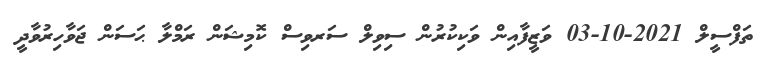
ތަފްސީލް 2021-10-03 ވަޒީފާއިން ވަކިކުރުން ސިވިލް ސަރވިސް ކޮމިޝަން ރަމްލާ ޙަސަން ޖަވާހިރުވާދީ